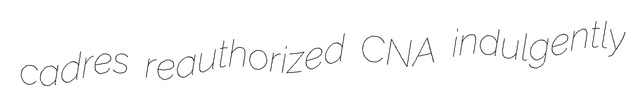
cadres reauthorized CNA indulgently